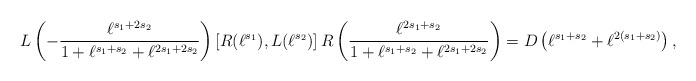
\begin{align*}L\left( - \frac{\ell^{s_1 + 2 s_2}}{1 + \ell^{s_1 + s_2} + \ell^{2 s_1 + 2 s_2}} \right) \left[ R(\ell^{s_1}), L(\ell^{s_2}) \right] R\left( \frac{\ell^{2 s_1+s_2}}{1+\ell^{s_1+s_2}+\ell^{2 s_1+2 s_2}} \right) = D\left(\ell^{s_1+s_2}+\ell^{2(s_1+s_2)}\right),\end{align*}